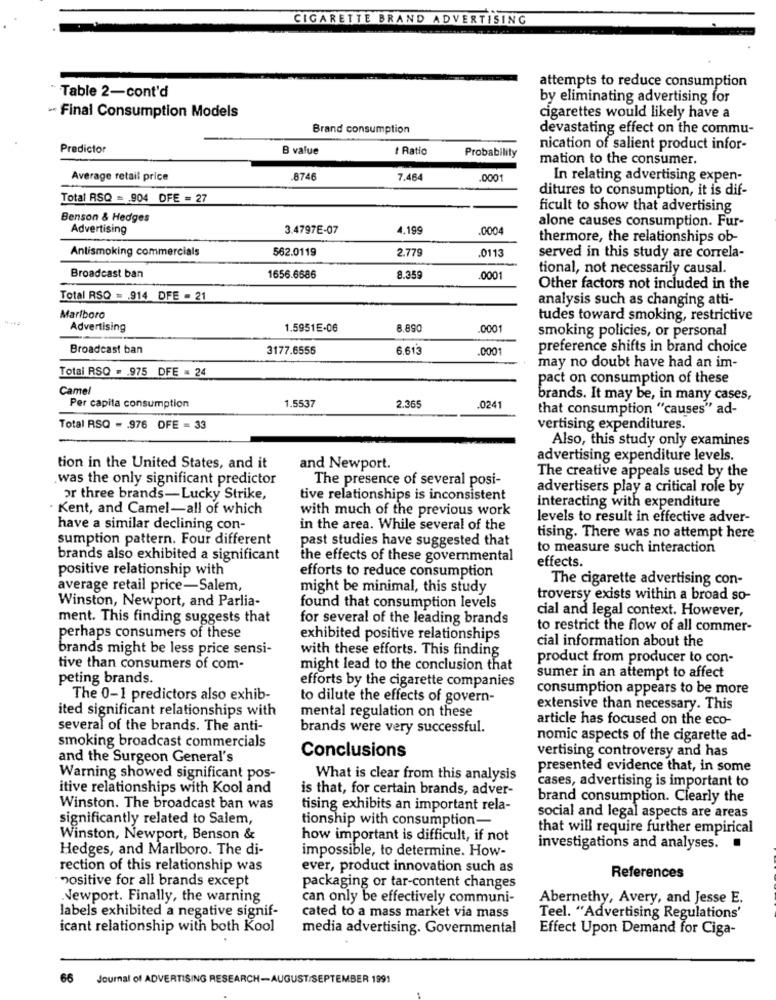
CIGARETTE BRAND ADVERTISING
attempts to reduce consumption
Table 2-cont'd
by eliminating advertising for
- Final Consumption Models
cigarettes would likely have a
Brand consumption
devastating effect on the commu-
Predictor
B value
t Ratio
nication of salient product infor-
Probability
mation to the consumer.
Average retail price
8746
7.464
.0001
In relating advertising expen-
ditures to consumption, it is dif-
Total RSQ = 904 OFE = 27
ficult to show that advertising
Benson & Hedges
Advertising
3.4797E-07
4.199
.0004
alone causes consumption. Fur-
thermore, the relationships ob-
Antismoking commercials
562.0119
2.779
.0113
served in this study are correla-
tional, not necessarily causal.
Broadcast ban
1656.6686
8.359
0001
Other factors not included in the
Total RSQ = 914 DFE - 21
analysis such as changing atti-
Marlboro
tudes toward smoking, restrictive
Advertising
1.5951E-06
8.890
.0001
smoking policies, or personal
Broadcast ban
3177.6555
6.613
.0001
preference shifts in brand choice
Total RSQ = . 975 DFE = 24
may no doubt have had an im-
pact on consumption of these
Camel
1.5537
2.365
brands. It may be, in many cases,
Per capita consumption
.0241
that consumption "causes" ad-
Total RSQ - . 976 OFE = 33
vertising expenditures.
Also, this study only examines
advertising expenditure levels.
tion in the United States, and it
and Newport.
The creative appeals used by the
was the only significant predictor
The presence of several posi-
advertisers play a critical role by
or three brands-Lucky Strike,
tive relationships is inconsistent
interacting with expenditure
Kent, and Camel-all of which
with much of the previous work
levels to result in effective adver-
have a similar declining con-
in the area. While several of the
sumption pattern. Four different
past studies have suggested that
tising. There was no attempt here
to measure such interaction
brands also exhibited a significant
the effects of these governmental
effects.
positive relationship with
efforts to reduce consumption
The cigarette advertising con-
average retail price-Salem,
might be minimal, this study
Winston, Newport, and Parlia-
troversy exists within a broad so-
found that consumption levels
cial and legal context. However,
ment. This finding suggests that
for several of the leading brands
to restrict the flow of all commer-
perhaps consumers of these
exhibited positive relationships
cial information about the
brands might be less price sensi-
with these efforts. This finding
product from producer to con-
tive than consumers of com-
might lead to the conclusion that
peting brands.
efforts by the cigarette companies
sumer in an attempt to affect
consumption appears to be more
The 0-1 predictors also exhib-
to dilute the effects of govern-
ited significant relationships with
mental regulation on these
extensive than necessary. This
article has focused on the eco-
several of the brands. The anti-
brands were very successful.
nomic aspects of the cigarette ad-
smoking broadcast commercials
vertising controversy and has
and the Surgeon General's
Conclusions
presented evidence that, in some
Warning showed significant pos-
What is clear from this analysis
cases, advertising is important to
itive relationships with Kool and
is that, for certain brands, adver-
brand consumption. Clearly the
Winston. The broadcast ban was
tising exhibits an important rela-
social and legal aspects are areas
significantly related to Salem,
tionship with consumption-
that will require further empirical
Winston, Newport, Benson &
how important is difficult, if not
Hedges, and Marlboro. The di-
impossible, to determine. How-
investigations and analyses.
rection of this relationship was
ever, product innovation such as
References
positive for all brands except
packaging or tar-content changes
Newport. Finally, the warning
can only be effectively communi-
Abernethy, Avery, and Jesse E.
labels exhibited a negative signif-
cated to a mass market via mass
Teel. "Advertising Regulations'
icant relationship with both Kool
media advertising. Governmental
Effect Upon Demand for Ciga-
66
Journal of ADVERTISING RESEARCH-AUGUST/SEPTEMBER 1991